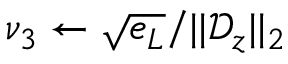
\nu _ { 3 } \leftarrow \sqrt { e _ { L } } / | | \mathcal { D } _ { z } | | _ { 2 }